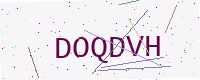
Text: DOQDVH